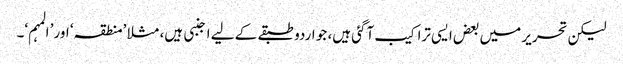
لیکن تحریر میں بعض ایسی تراکیب آگئی ہیں، جو اردو طبقے کے لیے اجنبی ہیں، مثلا ’منطقہ‘ اور’ المہم‘۔